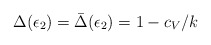
\begin{align*}\Delta(\epsilon_2)=\bar\Delta(\epsilon_2)=1-c_V/k\end{align*}